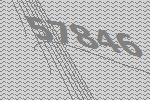
57846